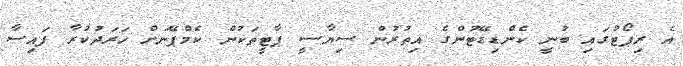
އެ ރިޕޯޓުގައި ބުނީ ކެންޑިޑޭޓުންގެ އިތުރުން ސިޔާސީ ޕާޓީތަކުން ކެމްޕޭނަށް ހަރަދުކުރާ ފައިސާ